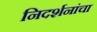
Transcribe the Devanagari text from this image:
निदर्शनांचा